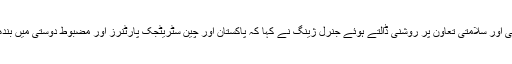
پاک چین دفاعی اور سلامتی تعاون پر روشنی ڈالتے ہوئے جنرل ژینگ نے کہا کہ پاکستان اور چین سٹریٹجک پارٹنرز اور مضبوط دوستی میں بندھے ہوئے ہیں۔